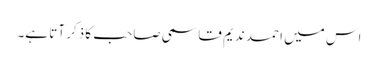
اس میں احمد ندیم قاسمی صاحب کا ذکر آتا ہے۔